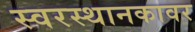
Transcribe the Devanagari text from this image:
स्वरस्थानकावर